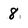
Character: 8